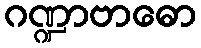
ဂဏ္ဍာဗာဓော